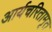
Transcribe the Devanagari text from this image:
आर्यचरितामृत